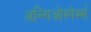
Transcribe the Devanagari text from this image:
अन्गिओस्पेर्म्स